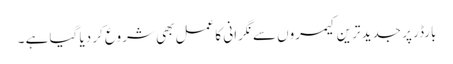
بارڈر پر جدید ترین کیمروں سے نگرانی کا عمل بھی شروع کر دیا گیا ہے ۔